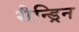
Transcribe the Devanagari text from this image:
सैन्ड्रिन